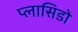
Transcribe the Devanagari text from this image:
प्लासिडो